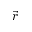
\vec { r }